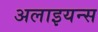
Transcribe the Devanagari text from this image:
अलाइयन्स